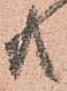
共